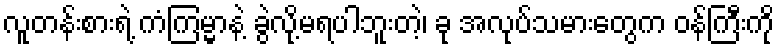
လူတန်းစားရဲ့ ကံကြမ္မာနဲ့ ခွဲလို့မရပါဘူးတဲ့၊ ခု အလုပ်သမားတွေက ဝန်ကြီးကို